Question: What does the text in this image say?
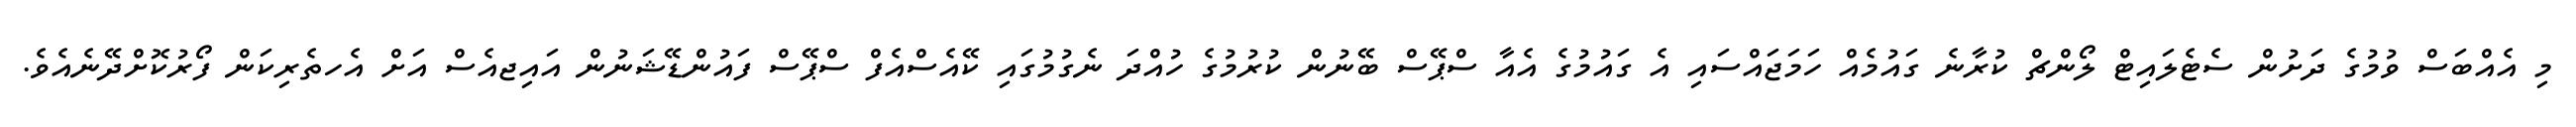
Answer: މި އެއްބަސް ވުމުގެ ދަށުން ސެޓެލައިޓް ލޯންޗް ކުރާނެ ގައުމެއް ހަމަޖައްސައި އެ ގައުމުގެ އެއާ ސްޕޭސް ބޭނުން ކުރުމުގެ ހުއްދަ ނެގުމުގައި ކޭއެސްއެފް ސްޕޭސް ފައުންޑޭޝަނުން އައިޖއެސް އަށް އެހތެރިކަން ފޯރުކޮށްދޭނެއެވެ.